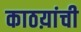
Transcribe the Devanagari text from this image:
काठय़ांची